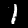
Digit: 1